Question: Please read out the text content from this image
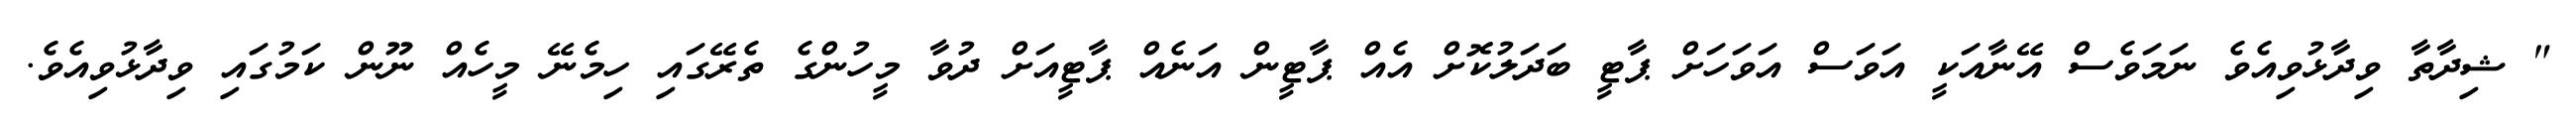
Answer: " ޝިދާތާ ވިދާޅުވިއެވެ ނަމަވެސް އޭނާއަކީ އަވަސް އަވަހަށް ޕާޓީ ބަދަލުކޮށް އެއް ޕާޓީން އަނެއް ޕާޓީއަށް ދުވާ މީހުންގެ ތެރޭގައި ހިމެނޭ މީހެއް ނޫން ކަމުގައި ވިދާޅުވިއެވެ.